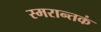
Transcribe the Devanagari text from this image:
स्मरान्तकं